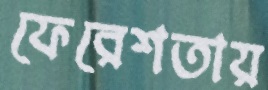
ফেরেশতায়